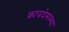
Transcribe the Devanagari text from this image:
कायदेसंस्था